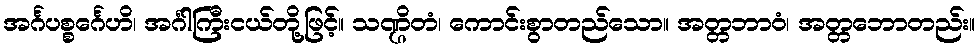
အင်္ဂပစ္စင်္ဂေဟိ၊ အင်္ဂါကြီးငယ်တို့ဖြင့်။ သဏ္ဌိတံ၊ ကောင်းစွာတည်သော။ အတ္တဘာဝံ၊ အတ္တဘောတည်း။